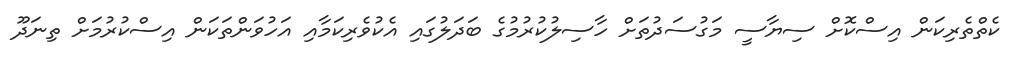
ކެތްތެރިކަން އިސްކޮށް ސިޔާސީ މަގުސަދުތަށް ހާސިލުކުރުމުގެ ބަދަލުގައި އެކުވެރިކަމާއި އަހުވަންތަކަން އިސްކުރުމަށް ތިނަދޫ